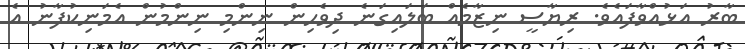
ބާރު އަޅުއްވާފައެވެ. ރިޔާސީ ނިޒާމެއް ބަލައިގަނެ ދިވެހިން ނިންމި ނިންމުން އެމަނިކުފާނު އެ